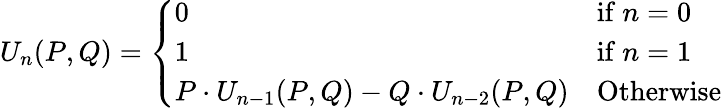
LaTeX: U_{n}(P,Q)={\left\{ \begin{array}{ll}{0}&{{\mathrm{if~}}n=0}\\ {1}&{{\mathrm{if~}}n=1}\\ {P\cdot U_{n-1}(P,Q)-Q\cdot U_{n-2}(P,Q)}&{{\mathrm{Otherwise}}}\end{array}\right.}